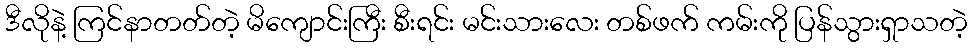
ဒီလိုနဲ့ ကြင်နာတတ်တဲ့ မိကျောင်းကြီး စီးရင်း မင်းသားလေး တစ်ဖက် ကမ်းကို ပြန်သွားရှာသတဲ့